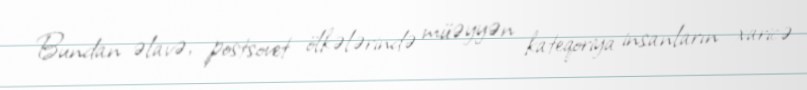
Bundan əlavə, postsovet ölkələrində müəyyən kateqoriya insanların xaricə